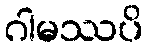
ဂါမဿပိ